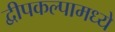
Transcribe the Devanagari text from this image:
द्वीपकल्पामध्ये